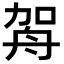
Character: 𦨦